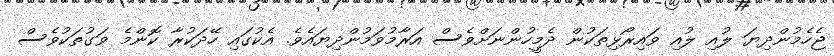
ޖެހެމުންދިޔަ ލުއި ލުއި ވައިރޯޅިތަކުން ދެމީހުންނަށްވެސް އަރާމުވަމުންދިޔައެވެ. އެކުގައި ހޭދަކުރާ ކޮންމެ ވަގުތަކުވެސް